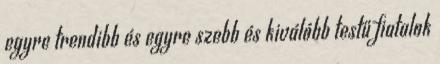
egyre trendibb és egyre szebb és kiválóbb testű fiatalok